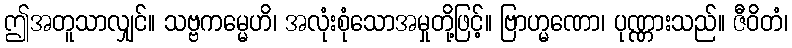
ဤအတူသာလျှင်။ သဗ္ဗကမ္မေဟိ၊ အလုံးစုံသောအမှုတို့ဖြင့်။ ဗြာဟ္မဏော၊ ပုဏ္ဏားသည်။ ဇီဝိတံ၊